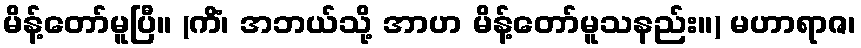
မိန့်တော်မူပြီ။ (ကိံ၊ အဘယ်သို့ အာဟ မိန့်တော်မူသနည်း။) မဟာရာဇ၊